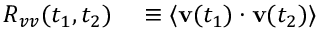
\begin{array} { r l } { R _ { v v } ( t _ { 1 } , t _ { 2 } ) } & { { } \equiv \langle \mathbf { v } ( t _ { 1 } ) \cdot \mathbf { v } ( t _ { 2 } ) \rangle } \end{array}